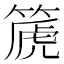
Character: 篪